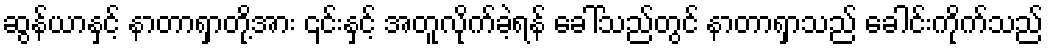
ဆွန်ယာနှင့် နာတာရှာတို့အား ၎င်းနှင့် အတူလိုက်ခဲ့ရန် ခေါ်သည်တွင် နာတာရှာသည် ခေါင်းကိုက်သည်